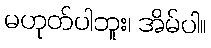
မဟုတ်ပါဘူး၊ အိမ်ပါ။